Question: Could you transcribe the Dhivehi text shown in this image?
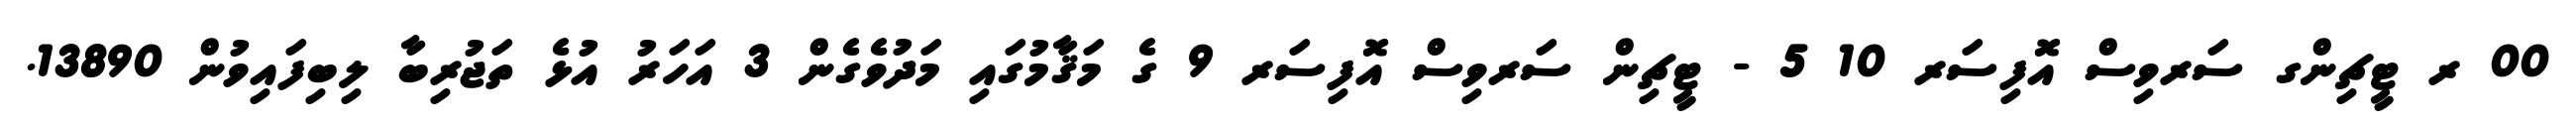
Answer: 00 ރ ޓީޗިންގ ސަރވިސް އޮފިސަރ 10 5 - ޓީޗިން ސަރވިސް އޮފިސަރ 9 ގެ މަޤާމުގައި މަދުވެގެން 3 އަހަރު އުޅެ ތަޖުރިބާ ލިބިފައިވުން 13890.